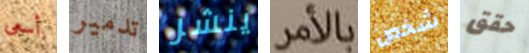
أسعى تدمير ينشر بالأمر شخص حقق